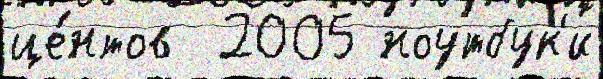
це́нтов  2005 ноутбук'и